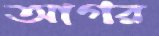
আগর